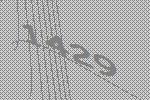
1429